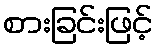
စားခြင်းဖြင့်